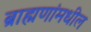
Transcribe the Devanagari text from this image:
ब्राह्मणांमधील